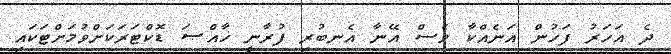
ދެ އަހަރު ފަހުން އަނެއްކާ ވެސް އޭނާ އެނބުރި ފުރާނީ ޚާއްޞަ ޑޮކްޓަރަކަށްވުމަށްޓަކައި